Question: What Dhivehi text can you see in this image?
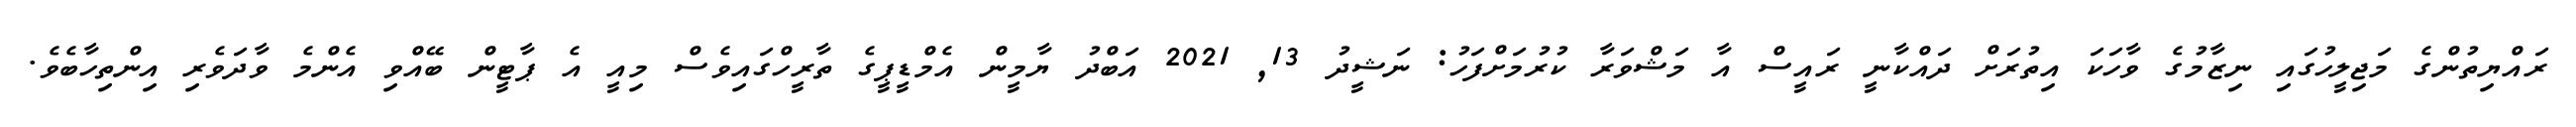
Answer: ރައްޔިތުންގެ މަޖިލީހުގައި ނިޒާމުގެ ވާހަކަ އިތުރަށް ދައްކާނީ ރައީސް އާ މަޝްވަރާ ކުރުމަށްފަހު: ނަޝީދު 13, 2021 އަބްދު ޔާމީން އެމްޑީޕީގެ ތާރީހްގައިވެސް މިއީ އެ ޕާޓީން ބޭއްވި އެންމެ ވާދަވެރި އިންތިހާބެވެ.